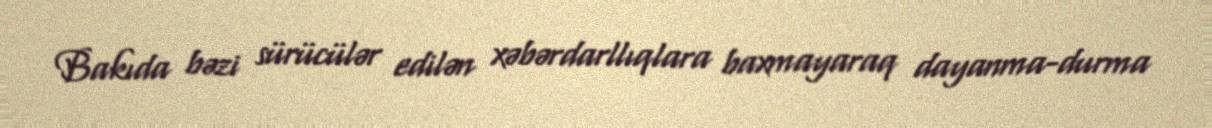
Bakıda bəzi sürücülər edilən xəbərdarllıqlara baxmayaraq dayanma-durma